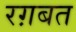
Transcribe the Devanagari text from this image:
रग़बत